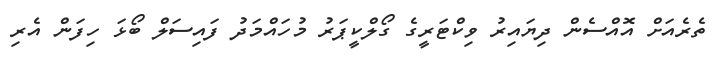
ތެރެއަށް އޮއްސެން ދިޔައިރު ވިކްޓަރީގެ ގޯލްކީޕަރު މުހައްމަދު ފައިސަލް ބޯޅަ ހިފަން އެރި